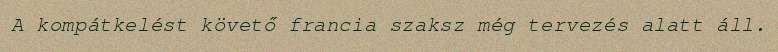
A kompátkelést követő francia szaksz még tervezés alatt áll.